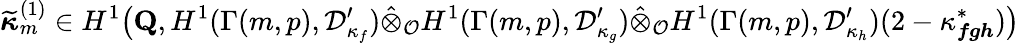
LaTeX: \widetilde{\boldsymbol{\kappa}}_{m}^{(1)}\in H^{1}\bigl(\mathbf{Q},H^{1}(\Gamma(m,p),\mathcal{D}_{\kappa_{f}}^{\prime})\hat{\otimes}_{\mathcal O}H^{1}(\Gamma(m,p),\mathcal{D}_{\kappa_{g}}^{\prime})\hat{\otimes}_{\mathcal O}H^{1}(\Gamma(m,p),\mathcal{D}_{\kappa_{h}}^{\prime})(2-\kappa_{{\boldsymbol{f}}{\boldsymbol{g}}{\boldsymbol{h}}}^{*})\bigr)